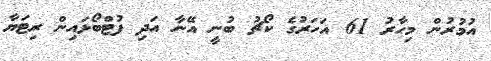
އުމުރުން މިހާރު 61 އަހަރުގެ ކޯޗު ބުނީ އޭނާ އަދި ފުޓްބޯޅައިން ރިޓަޔާ